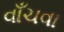
વાઁચવા